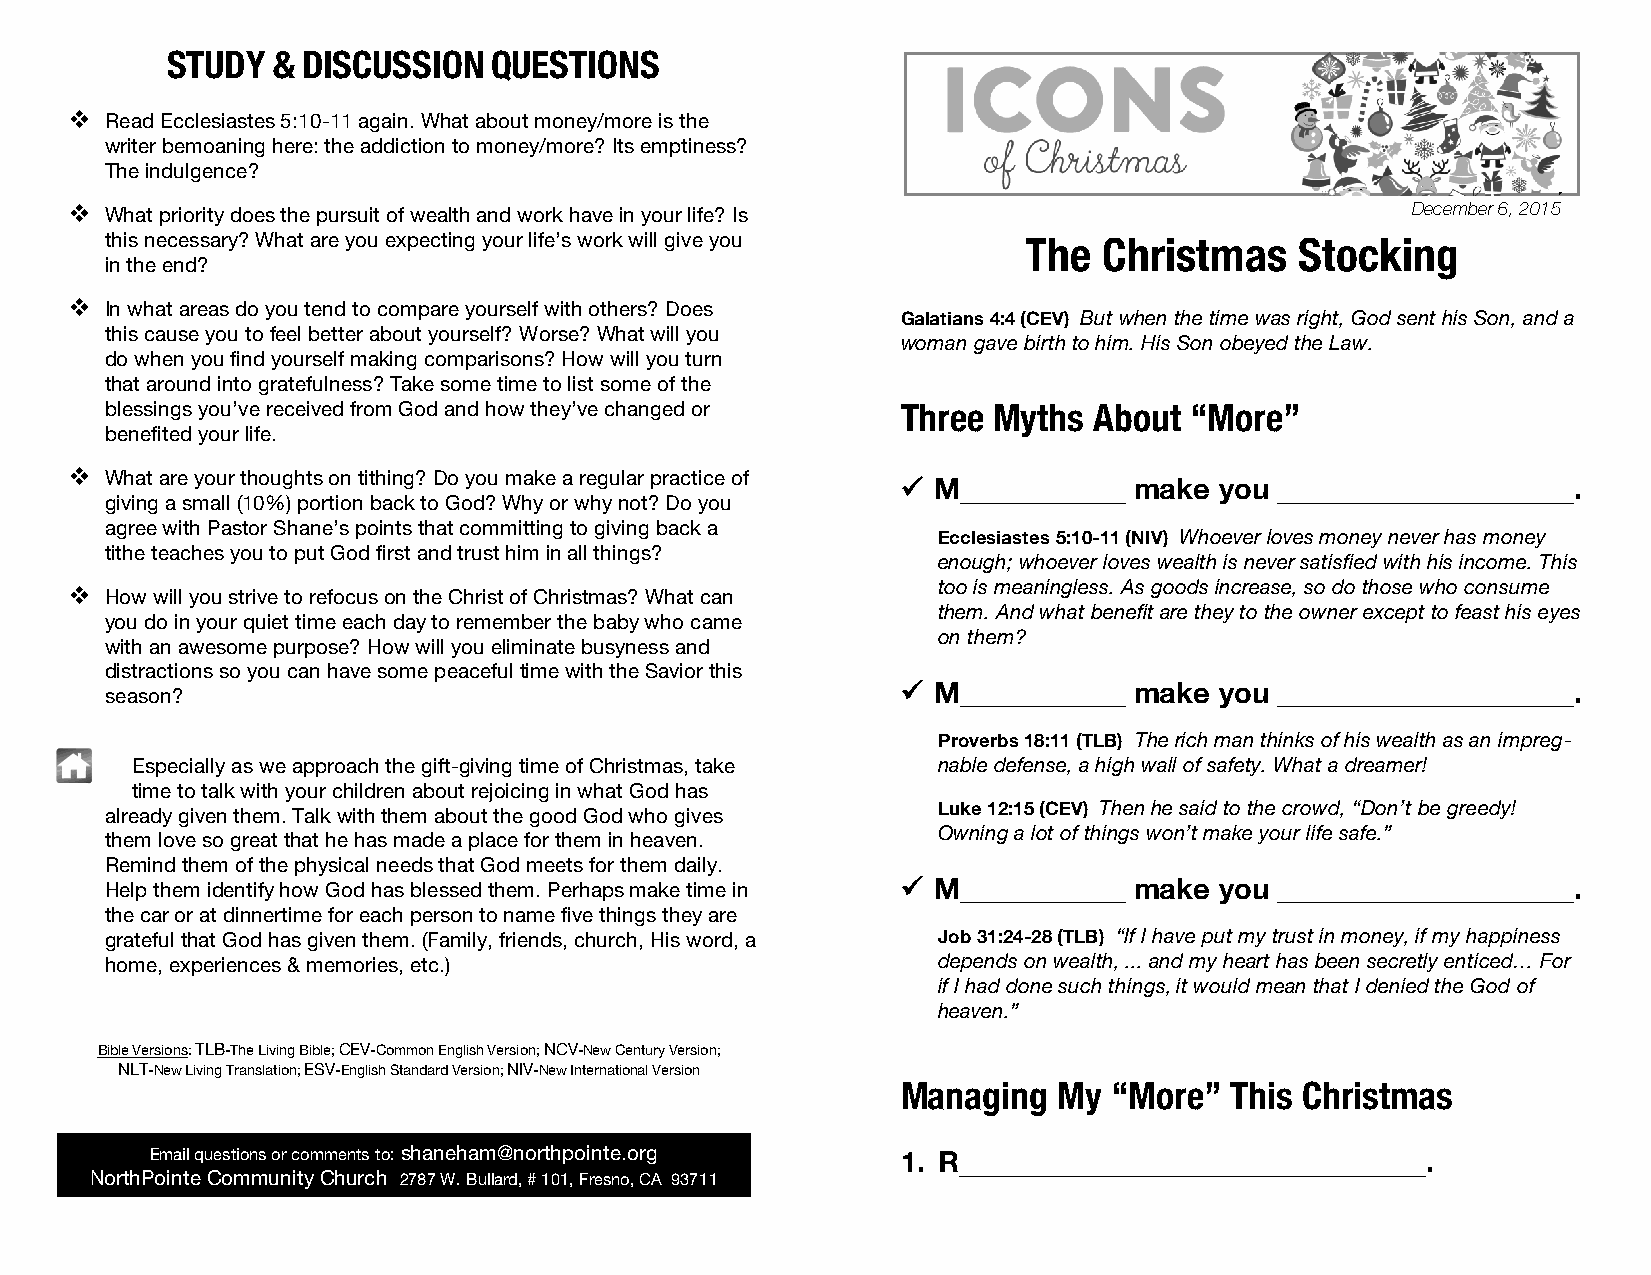
STUDY  & DISCUSSION   QUESTIONS
 v Read Ecclesiastes 5:10-11 again. What about money/more is the
 writer bemoaning here: the addiction to money/more? Its emptiness?
 The indulgence?
 v What priority does the pursuit of wealth and work have in your life? Is               December 6,
 2015v
 this necessary? What are you expecting your life’s work will give you The Christmas Stocking
 in the end?
 v In what areas do you tend to compare yourself with others? Does
 Galatians 4:4 (CEV) But when the time was right, God sent his Son, and a
 this cause you to feel better about yourself? Worse? What will you
 woman gave birth to him. His Son obeyed the Law.
 do when you find yourself making comparisons? How will you turn
 that around into gratefulness? Take some time to list some of the
 blessings you’ve received from God and how they’ve changed or Three Myths About “More”
 benefited your life.
 v What are your thoughts on tithing? Do you make a regular practice of
 ü M           make  you                    .
 giving a small (10%) portion back to God? Why or why not? Do you
 agree with Pastor Shane’s points that committing to giving back a
 Ecclesiastes 5:10-11 (NIV) Whoever loves money never has money
 tithe teaches you to put God first and trust him in all things?
 enough; whoever loves wealth is never satisfied with his income. This
 too is meaningless. As goods increase, so do those who consume
 v How will you strive to refocus on the Christ of Christmas? What can
 them. And what benefit are they to the owner except to feast his eyes
 you do in your quiet time each day to remember the baby who came
 on them?
 with an awesome purpose? How will you eliminate busyness and
 distractions so you can have some peaceful time with the Savior this
 ü M           make  you                    .
 season?
 Proverbs 18:11 (TLB) The rich man thinks of his wealth as an impreg-
 Especially as we approach the gift-giving time of Christmas, take nable defense, a high wall of safety. What a dreamer!
 time to talk with your children about rejoicing in what God has
 Luke 12:15 (CEV) Then he said to the crowd, “Don’t be greedy!
 already given them. Talk with them about the good God who gives
 Owning a lot of things won’t make your life safe.”
 them love so great that he has made a place for them in heaven.
 Remind them of the physical needs that God meets for them daily.
 Help them identify how God has blessed them. Perhaps make time in ü M make you                  .
 the car or at dinnertime for each person to name five things they are
 grateful that God has given them. (Family, friends, church, His word, a Job 31:24-28 (TLB) “If I have put my trust in money, if my happiness
 home, experiences & memories, etc.)                    depends on wealth, ... and my heart has been secretly enticed… For
 if I had done such things, it would mean that I denied the God of
 heaven.”
 Bible Versions: TLB-The Living Bible; CEV-Common English Version; NCV-New Century Version;
 NLT-New Living Translation; ESV-English Standard Version; NIV-New International Version
 Managing  My  “More” This Christmas
 Email questions or comments to: shaneham@northpointe.org 1. R                       .
 NorthPointe Community Church 2787 W. Bullard, # 101, Fresno, CA 93711